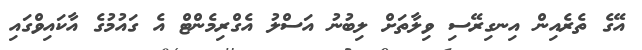
އޭގެ ތެރެއިން އިނގިރޭސި ވިލާތަށް ލިބުނު އަސްލު އެގްރިމެންޓް އެ ގައުމުގެ އާކައިވްގައި